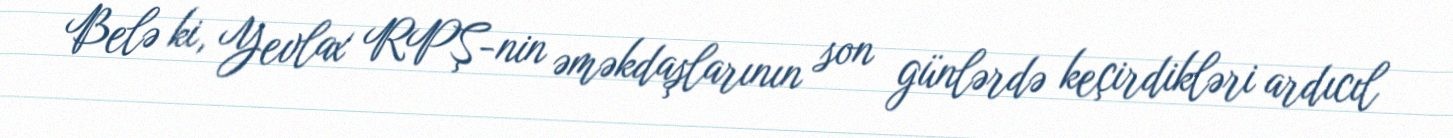
Belə ki, Yevlax RPŞ-nin əməkdaşlarının son günlərdə keçirdikləri ardıcıl